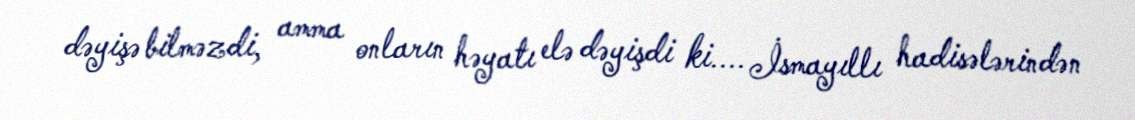
dəyişə bilməzdi, amma onların həyatı elə dəyişdi ki.... İsmayıllı hadisələrindən